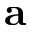
\textbf { a }